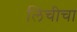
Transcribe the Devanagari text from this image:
लिचीचा